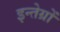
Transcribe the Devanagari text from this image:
इन्तेग्रों